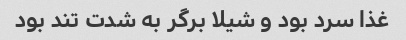
غذا سرد بود و شیلا برگر به شدت تند بود